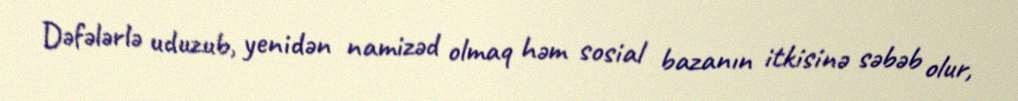
Dəfələrlə uduzub, yenidən namizəd olmaq həm sosial bazanın itkisinə səbəb olur,